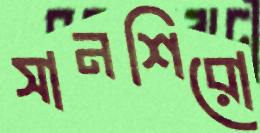
সানশিরো